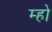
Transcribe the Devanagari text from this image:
म्हो